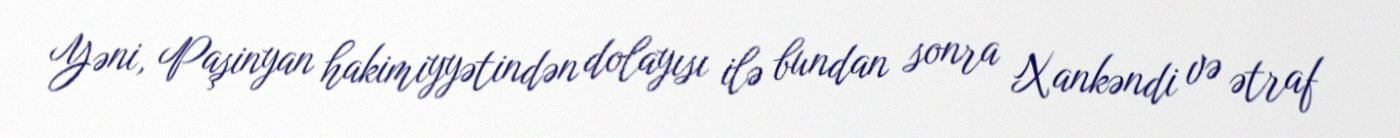
Yəni, Paşinyan hakimiyyətindən dolayısı ilə bundan sonra Xankəndi və ətraf